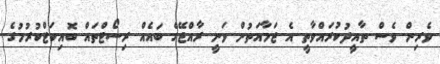
ވެރިން ވެސް ތާއީދުކުރައްވާތީ އެ ޖަމާއަތުން ވަނީ ރާއްޖޭގެ ބައެއް ރިސޯޓްތައް ބޮއިކަޓްކުރުމުގެ